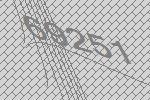
69251